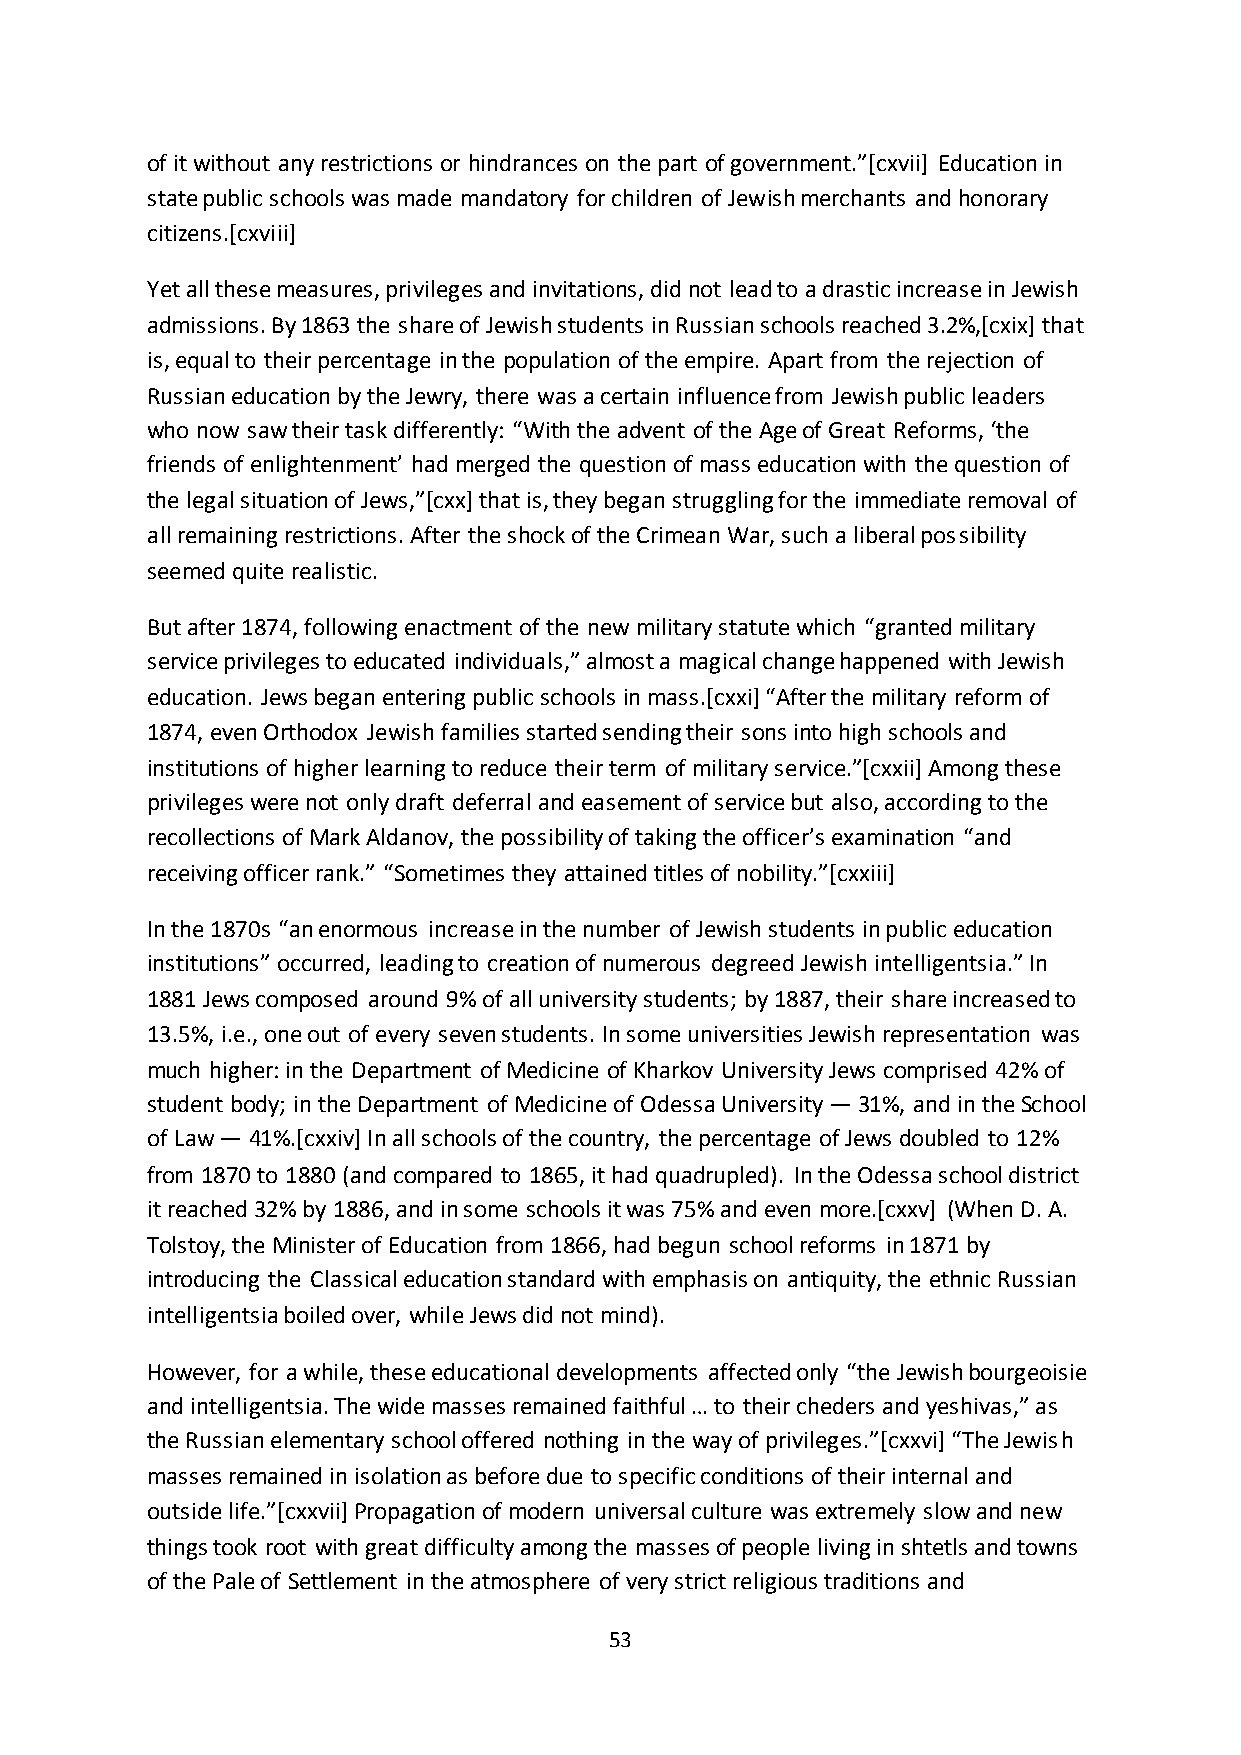
of it without any restrictions or hindrances on the part of government.”*cxvii+ Education in
 state public schools was made mandatory for children of Jewish merchants and honorary
 citizens.[cxviii]
 Yet all these measures, privileges and invitations, did not lead to a drastic increase in Jewish
 admissions. By 1863 the share of Jewish students in Russian schools reached 3.2%,[cxix] that
 is, equal to their percentage in the population of the empire. Apart from the rejection of
 Russian education by the Jewry, there was a certain influence from Jewish public leaders
 who now saw their task differently: “With the advent of the Age of Great Reforms, ‘the
 friends of enlightenment’ had merged the question of mass education with the question of
 the legal situation of Jews,”*cxx+ that is, they began struggling for the immediate removal of
 all remaining restrictions. After the shock of the Crimean War, such a liberal possibility
 seemed quite realistic.
 But after 1874, following enactment of the new military statute which “granted military
 service privileges to educated individuals,” almost a magical change happened with Jewish
 education. Jews began entering public schools in mass.*cxxi+ “After the military reform of
 1874, even Orthodox Jewish families started sending their sons into high schools and
 institutions of higher learning to reduce their term of military service.”*cxxii+ Among these
 privileges were not only draft deferral and easement of service but also, according to the
 recollections of Mark Aldanov, the possibility of taking the officer’s examination “and
 receiving officer rank.” “Sometimes they attained titles of nobility.”*cxxiii+
 In the 1870s “an enormous increase in the number of Jewish students in public education
 institutions” occurred, leading to creation of numerous degreed Jewish intelligentsia.” In
 1881 Jews composed around 9% of all university students; by 1887, their share increased to
 13.5%, i.e., one out of every seven students. In some universities Jewish representation was
 much higher: in the Department of Medicine of Kharkov University Jews comprised 42% of
 student body; in the Department of Medicine of Odessa University — 31%, and in the School
 of Law — 41%.[cxxiv] In all schools of the country, the percentage of Jews doubled to 12%
 from 1870 to 1880 (and compared to 1865, it had quadrupled). In the Odessa school district
 it reached 32% by 1886, and in some schools it was 75% and even more.[cxxv] (When D. A.
 Tolstoy, the Minister of Education from 1866, had begun school reforms in 1871 by
 introducing the Classical education standard with emphasis on antiquity, the ethnic Russian
 intelligentsia boiled over, while Jews did not mind).
 However, for a while, these educational developments affected only “the Jewish bourgeoisie
 and intelligentsia. The wide masses remained faithful … to their cheders and yeshivas,” as
 the Russian elementary school offered nothing in the way of privileges.”*cxxvi+ “The Jewish
 masses remained in isolation as before due to specific conditions of their internal and
 outside life.”*cxxvii+ Propagation of modern universal culture was extremely slow and new
 things took root with great difficulty among the masses of people living in shtetls and towns
 of the Pale of Settlement in the atmosphere of very strict religious traditions and
 53